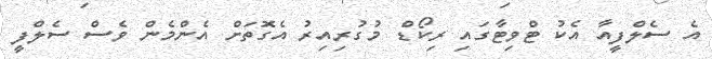
އެ ސެލްފީއާ އެކު ޓްވިޓާގައި ރިކޯޑް މުގުރިއިރު އެގޮތަށް އެންމެން ވެސް ސެލްފީ